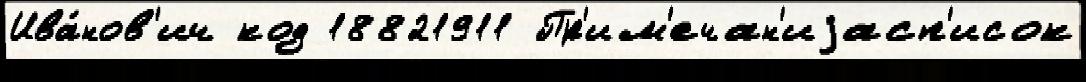
Ива́нов'ич код 18821911 Пр'им'ечан'иjасп'исок